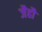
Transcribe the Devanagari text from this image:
जैहौं